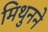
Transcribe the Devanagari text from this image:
मिथुनने